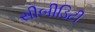
સીબીડિટી